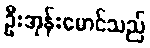
ဦးအုန်းမောင်သည်